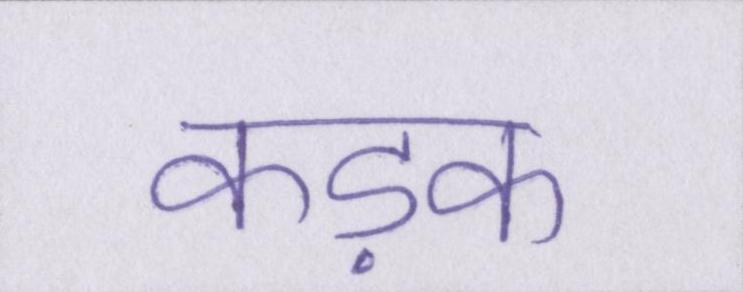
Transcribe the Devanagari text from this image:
कड़क